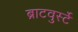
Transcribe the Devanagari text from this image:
ब्राटवुर्स्टे